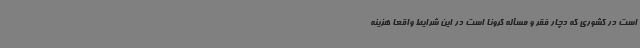
است در کشوری که دچار فقر و مسأله کرونا است در این شرایط واقعا هزینه